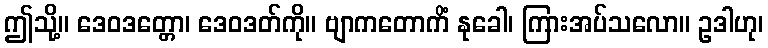
ဤသို့။ ဒေဝဒတ္တော၊ ဒေဝဒတ်ကို။ ဗျာကတောကိံ နုခေါ၊ ကြားအပ်သလော။ ဥဒါဟု၊